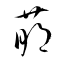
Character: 萠